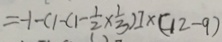
= - 1 - ( 1 - \frac { 1 } { 2 } \times \frac { 1 } { 3 } ) ] \times ( 1 2 - 9 )